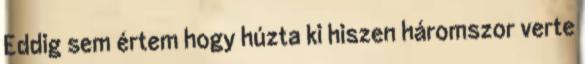
Eddig sem értem hogy húzta ki hiszen háromszor verte